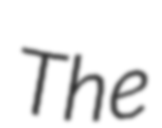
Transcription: The